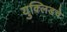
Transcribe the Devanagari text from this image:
युक्लिडचे